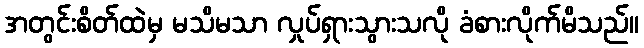
အတွင်းစိတ်ထဲမှ မသိမသာ လှုပ်ရှားသွားသလို ခံစားလိုက်မိသည်။